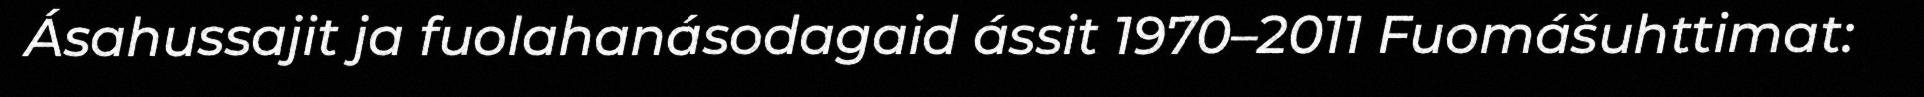
Ásahussajit ja fuolahanásodagaid ássit 1970–2011 Fuomášuhttimat: